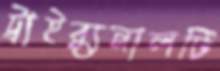
ট্রাইব্যুনালটি